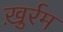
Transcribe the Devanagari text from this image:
ख़ुर्रम